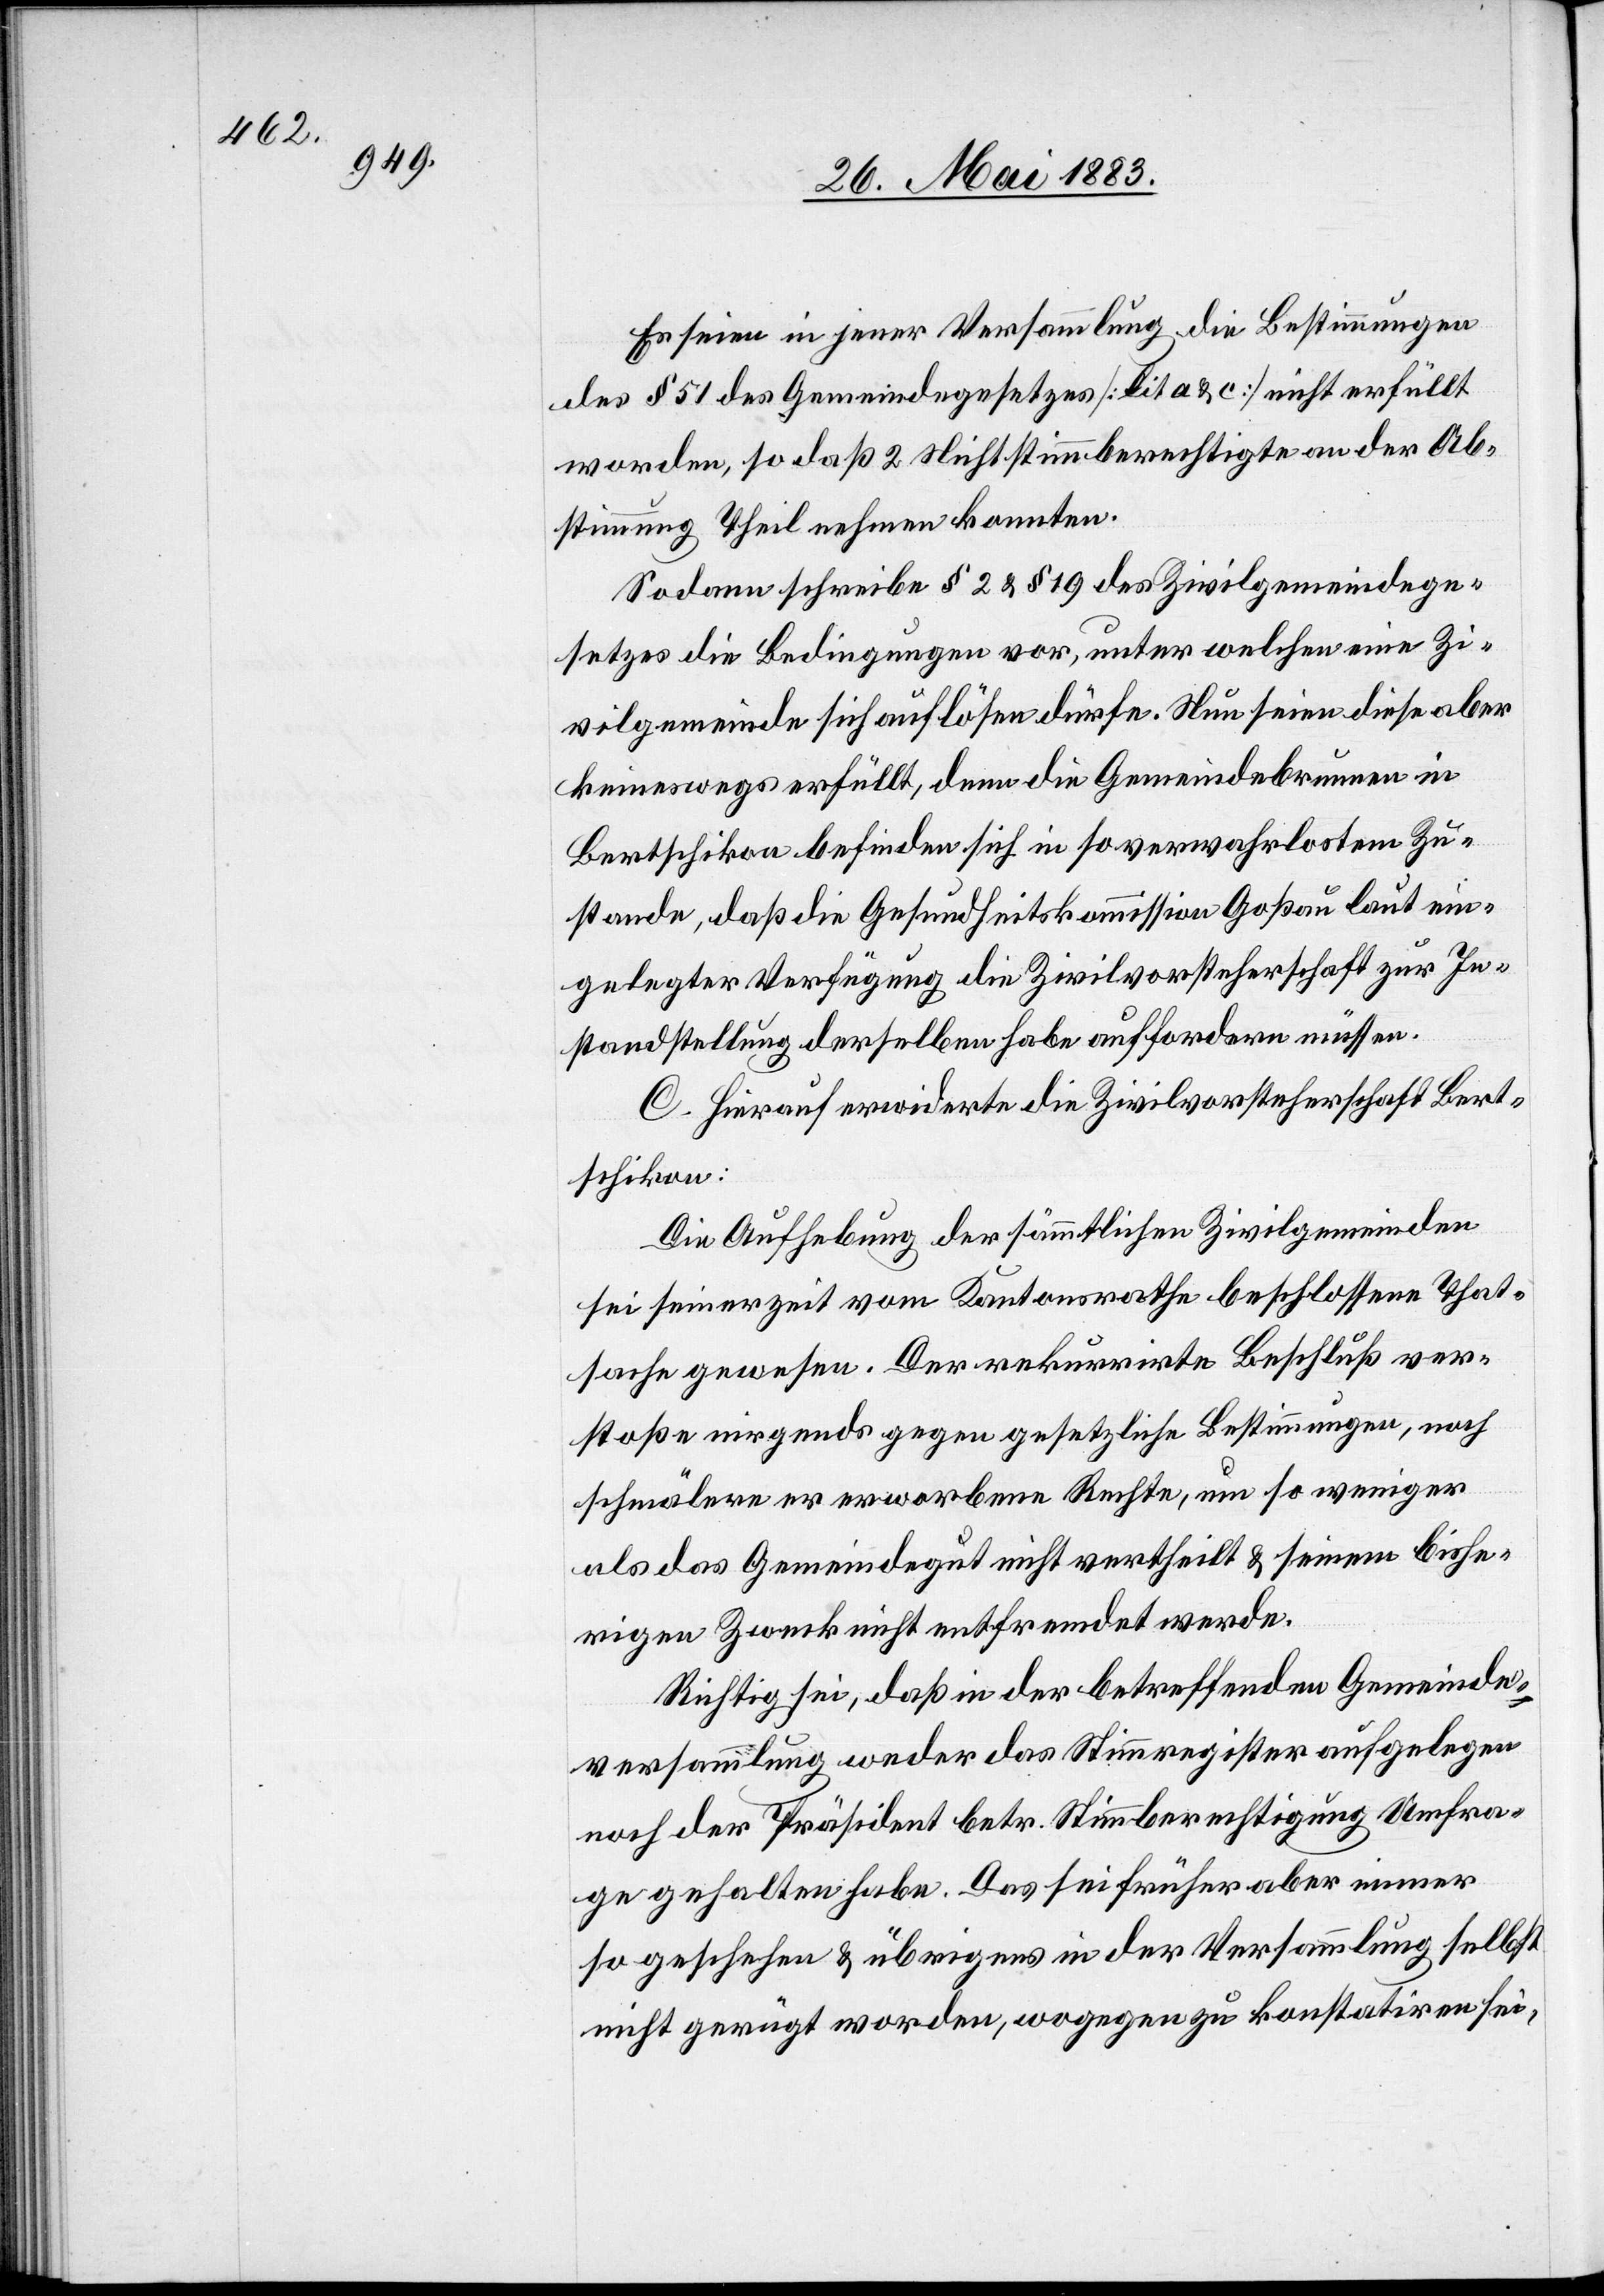
Es seien in jener Versammlung die Bestimmungen
des § 51 des Gemeindegesetzes [lit. a & c] nicht erfüllt
worden, so daß 2 Nichtstimmberechtigte an der Ab¬
stimmung Theil nehmen konnten.
Sodann schreibe § 2 & § 19 des Zivilgemeindege¬
setzes die Bedingungen vor, unter welchen eine Zi¬
vilgemeinde sich auflösen dürfe. Nun seien diese aber
keineswegs erfüllt, denn die Gemeindebrunnen in
Bertschikon befinden sich in so verwahrlostem Zu¬
stande, daß die Gesundheitskommission Goßau laut ein¬
gelegter Verfügung die Zivilvorsteherschaft zur In¬
standstellung derselben habe auffordern müssen.
C. Hierauf erwiderte die Zivilvorsteherschaft Bert¬
schikon:
Die Aufhebung der sämmtlichen Zivilgemeinden
sei seinerzeit vom Kantonsrathe beschlossene That¬
sache gewesen. Der rekurrirte Beschluß ver¬
stoße nirgends gegen gesetzliche Bestimmungen, noch
schmälere er erworbene Rechte, um so weniger
als das Gemeindegut nicht vertheilt & seinem bishe¬
rigen Zweck nicht entfremdet werde.
Richtig sei, daß in der betreffenden Gemeinde¬
versammlung weder das Stimmregister aufgelegen
noch der Präsident betr. Stimmberechtigung Umfra¬
ge gehalten habe. Das sei früher aber immer
so geschehen & übrigens in der Versammlung selbst
nicht gerügt worden, wogegen zu konstatiren sei,